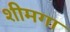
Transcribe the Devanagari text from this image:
शीमगा